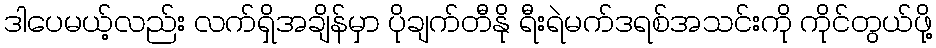
ဒါပေမယ့်လည်း လက်ရှိအချိန်မှာ ပိုချက်တီနို ရီးရဲမက်ဒရစ်အသင်းကို ကိုင်တွယ်ဖို့